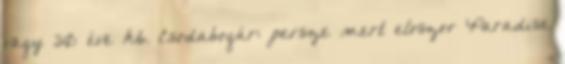
vagy 30 éve kb. Csodabogár: persze mert eloszor Paradise